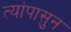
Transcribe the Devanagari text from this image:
त्यांपासुन